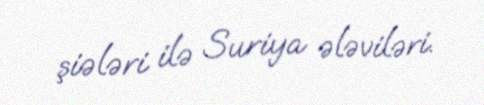
şiələri ilə Suriya ələviləri.